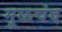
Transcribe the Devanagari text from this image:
मूळचंद